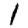
Digit: 1